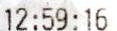
12:59:16